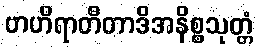
ဗာဟိရာတီတာဒိအနိစ္စသုတ္တံ